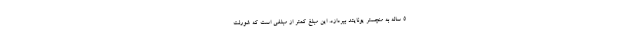
5 ساله به منچستر یونایتد بپردازد. این مبلغ کمتر از مبلغی است که شورلت